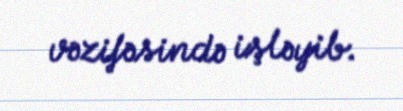
vəzifəsində işləyib.